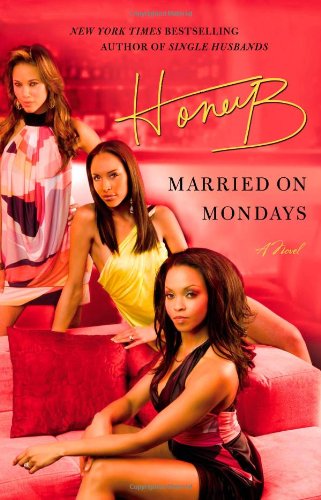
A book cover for Married on Mondays; HoneyB; Romance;